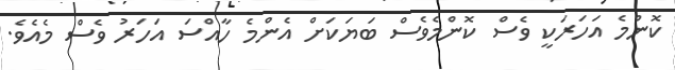
ކޮންމެ އަހަރަކީ ވެސް ކޮންމެވެސް ބަޔަކަށް އެންމެ ހާއްސަ އަހަރު ވެސް މެއެވެ.